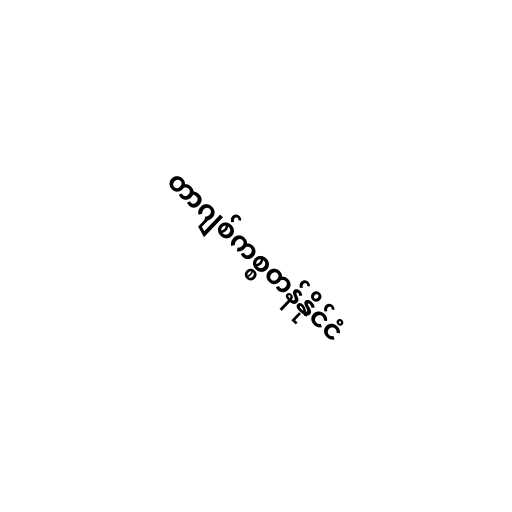
တာဂျစ်ကစ္စတန်နိုင်ငံ